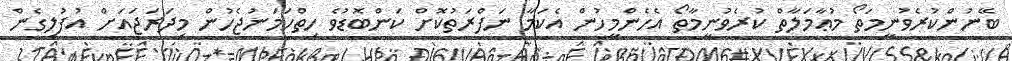
ބޭނުންކުރެވުނީމަތޯ މުޢާމަލާތް ކުރެވުނީމާތޯ އެހެންމީހުން އެކަމާ ނަފްރަތުކޮށް ކަންބޮޑުވެ ހިތްހަމަނުޖެހުން މިދަރަޖައަށް އުފުލިގެން